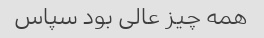
همه چیز عالی بود سپاس